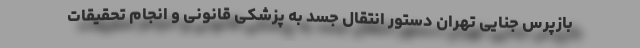
بازپرس جنایی تهران دستور انتقال جسد به پزشکی قانونی و انجام تحقیقات